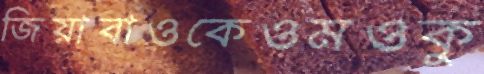
জিয়াবাওকেওমওকু